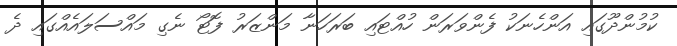
ކުމުންދޫގައި އަންހެނަކު ފެންވަރަން ހުއްޓައި ބަރަހަނާ މަންޒަރު ފޮޓޯ ނެގި މައްސަލައެއްގައި ދެ